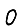
Digit: 0